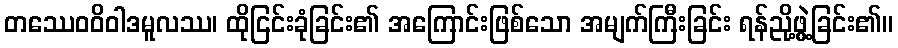
တဿေဝဝိဝါဒမူလဿ၊ ထိုငြင်းခုံခြင်း၏ အကြောင်းဖြစ်သော အမျက်ကြီးခြင်း ရန်ညို့ဖွဲ့ခြင်း၏။